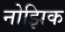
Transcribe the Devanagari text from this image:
नोझिक